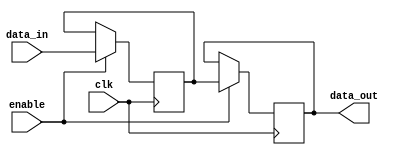
module memory_block (
    input wire clk,          // Global clock signal
    input wire enable,       // Enable signal for the memory block
    input wire [7:0] data_in, // Data input for the memory block
    output reg [7:0] data_out // Data output for the memory block
);
    // Memory storage (8-bit wide, 16-depth)
    reg [7:0] memory [0:15];

    always @(posedge clk) begin
        if (enable) begin
            // Perform memory operations when enabled
            // For example, simple write operation
            memory[0] <= data_in; // Writing data to memory location 0
            data_out <= memory[0]; // Reading data from memory location 0
        end
    end
endmodule